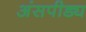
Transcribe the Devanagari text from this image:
अंसपीड्य